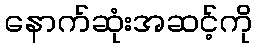
နောက်ဆုံးအဆင့်ကို